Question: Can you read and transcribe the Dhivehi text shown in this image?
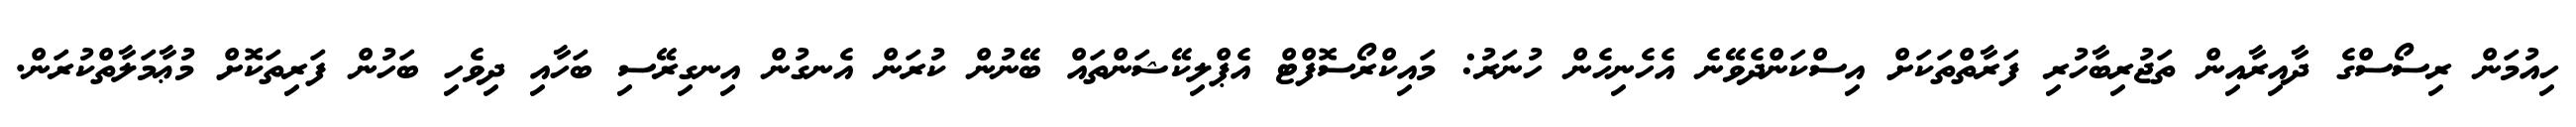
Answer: ހިއުމަން ރިސޯސްގެ ދާއިރާއިން ތަޖުރިބާހުރި ފަރާތްތަކަށް އިސްކަންދެވޭނެ އެހެނިހެން ހުނަރު: މައިކްރޯސޮފްޓް އެޕްލިކޭޝަންތައް ބޭނުން ކުރަން އެނގުން އިނގިރޭސި ބަހާއި ދިވެހި ބަހުން ފަރިތަކޮށް މުޢާމަލާތްކުރަން.